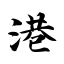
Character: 港